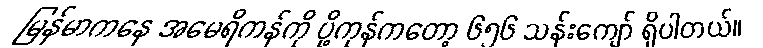
မြန်မာကနေ အမေရိကန်ကို ပို့ကုန်ကတော့ ၆၅၆ သန်းကျော် ရှိပါတယ်။